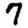
Digit: 7